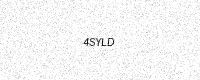
Text: 4SYLD